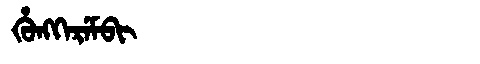
Manchu: ᡥᡠᠩᡴᡝᡵᡝᠮᠪᡳ
Romanization: HUNGKEREMBI